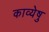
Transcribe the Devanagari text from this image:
काव्येषु